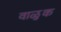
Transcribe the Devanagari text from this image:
वाळुक